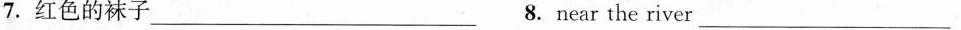
7. 红色的袜子 ___ 8. Near the river ___